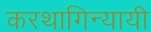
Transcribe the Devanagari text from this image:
करथागिन्यायी